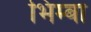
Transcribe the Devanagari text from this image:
भिम्बा